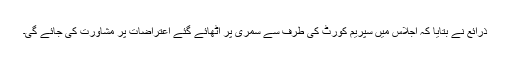
ذرائع نے بتایا کہ اجلاس میں سپریم کورٹ کی طرف سے سمری پر اٹھائے گئے اعتراضات پر مشاورت کی جائے گی۔